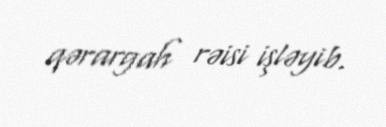
qərargah rəisi işləyib.